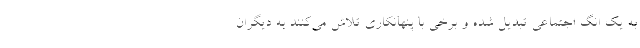
به یک انگ اجتماعی تبدیل شده و برخی با پنهانکاری تلاش می‌کنند به دیگران